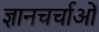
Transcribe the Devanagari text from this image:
ज्ञानचर्चाओं